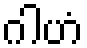
ဂါဟံ